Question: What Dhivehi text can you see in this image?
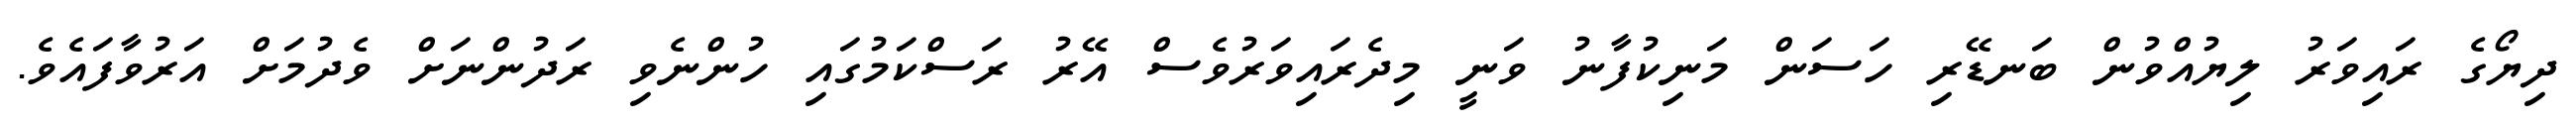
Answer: ދިޔޯގެ ރައިވަރު ލިޔުއްވުން ބަނޑޭރި ހަސަން މަނިކުފާނު ވަނީ މިދެރައިވަރުވެސް އޭރު ރަސްކަމުގައި ހުންނެވި ރަދުންނަށް ވެދުމަށް އަރުވާފައެވެ.